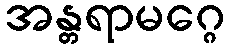
အန္တရာမဂ္ဂေ